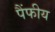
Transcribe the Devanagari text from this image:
पैंफीय